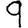
Digit: 9